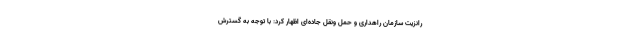
رانزیت سازمان راهداری و حمل ونقل جاده‌ای اظهار کرد: با توجه به گسترش